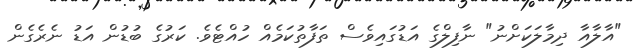
"އާލާއާ ދިމާލަކަށްނު" ނާފިލްގެ އަޑުގައިވެސް ތަފާތުކަމެއް ހުއްޓެވެ. ކަރުގެ ބުޑުން އަޑު ނެރެގެން